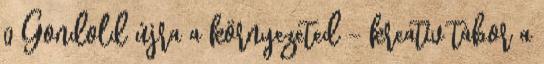
0 Gondold újra a környezeted – kreatív tábor a